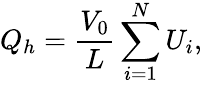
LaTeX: Q_{h}=\frac{V_{0}}{L}\sum_{i=1}^{N}U_{i},